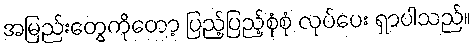
အမြည်းတွေကိုတော့ ပြည့်ပြည့်စုံစုံ လုပ်ပေး ရှာပါသည်။